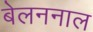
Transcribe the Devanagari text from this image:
बेलननाल